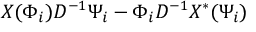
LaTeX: X ( \Phi _ { i } ) D ^ { - 1 } \Psi _ { i } - \Phi _ { i } D ^ { - 1 } X ^ { \ast } ( \Psi _ { i } )